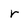
Character: r